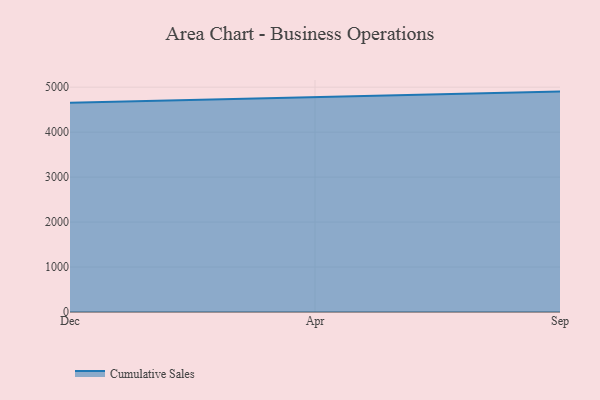
{"axis": {"x": "Month", "y": "Budget (USD K)"}, "legend": ["Cumulative Sales"], "data": [{"x": "Dec", "y": 4653.2, "type": "Cumulative Sales"}, {"x": "Apr", "y": 4779.3, "type": "Cumulative Sales"}, {"x": "Sep", "y": 4902.2, "type": "Cumulative Sales"}]}